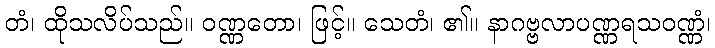
တံ၊ ထိုသလိပ်သည်။ ဝဏ္ဏတော၊ ဖြင့်။ သေတံ၊ ၏။ နာဂဗ္ဗလာပဏ္ဏရသဝဏ္ဏံ၊